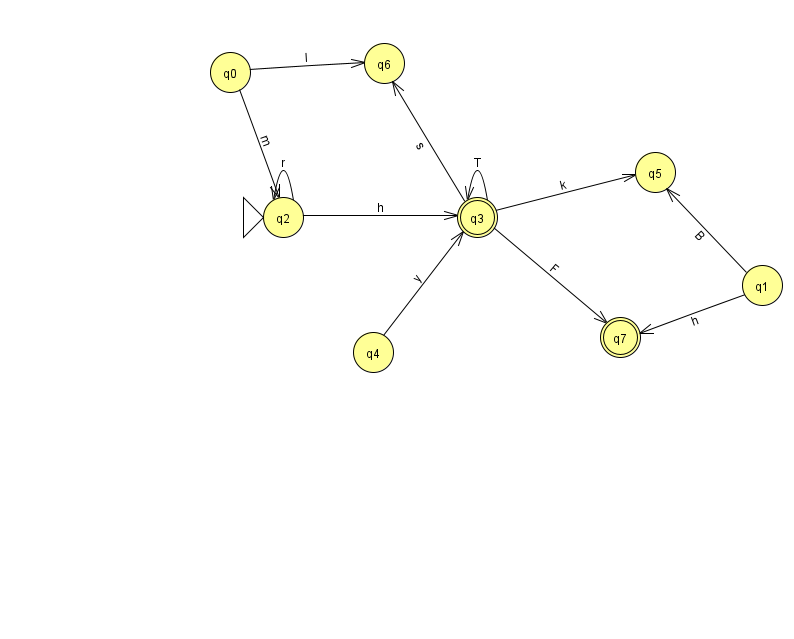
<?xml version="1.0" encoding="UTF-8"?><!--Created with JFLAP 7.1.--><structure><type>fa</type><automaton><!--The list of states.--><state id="0" name="q0"><x>230.0</x><y>59.0</y></state><state id="1" name="q1"><x>762.0</x><y>272.0</y></state><state id="2" name="q2"><x>283.0</x><y>204.0</y><initial/></state><state id="3" name="q3"><x>477.0</x><y>204.0</y><final/></state><state id="4" name="q4"><x>373.0</x><y>339.0</y></state><state id="5" name="q5"><x>655.0</x><y>159.0</y></state><state id="6" name="q6"><x>384.0</x><y>50.0</y></state><state id="7" name="q7"><x>620.0</x><y>324.0</y><final/></state><!--The list of transitions.--><transition><from>2</from><to>2</to><read>r</read></transition><transition><from>2</from><to>3</to><read>h</read></transition><transition><from>1</from><to>5</to><read>B</read></transition><transition><from>3</from><to>3</to><read>T</read></transition><transition><from>3</from><to>7</to><read>F</read></transition><transition><from>1</from><to>7</to><read>h</read></transition><transition><from>3</from><to>5</to><read>k</read></transition><transition><from>0</from><to>2</to><read>m</read></transition><transition><from>4</from><to>3</to><read>y</read></transition><transition><from>3</from><to>6</to><read>s</read></transition><transition><from>0</from><to>6</to><read>l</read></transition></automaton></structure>